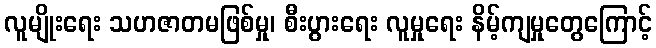
လူမျိုးရေး သဟဇာတမဖြစ်မှု၊ စီးပွားရေး လူမှုရေး နိမ့်ကျမှုတွေကြောင့်